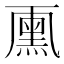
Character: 𠁘